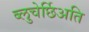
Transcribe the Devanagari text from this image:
ब्लुचेर्छिअति